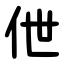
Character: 伳